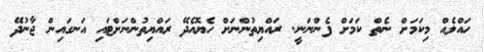
ހައްލެއް މިކަމަށް ނެތް ކަމަށް ފެންނަނީ. ރައްޔިތުންނަށް ހެޔޮއެދޭ ރައްޔިތުންނަށްޓައި އަނގައިން ޖާނުދޭ